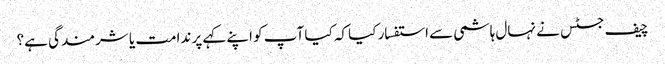
چیف جسٹس نے نہال ہاشمی سے استفسار کیا کہ کیا آپ کو اپنے کہے پر ندامت یا شرمندگی ہے؟